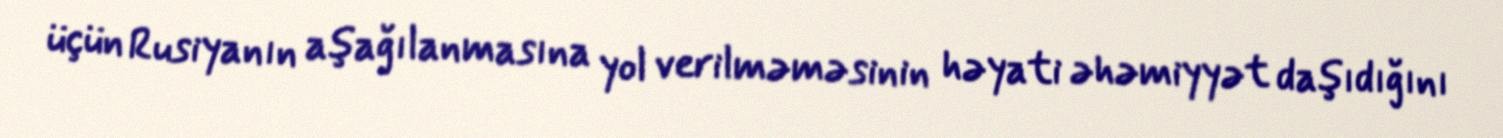
üçün Rusiyanın aşağılanmasına yol verilməməsinin həyati əhəmiyyət daşıdığını